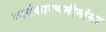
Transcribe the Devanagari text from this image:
कार्यकारणमीमांसा